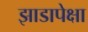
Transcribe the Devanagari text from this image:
झाडापेक्षा